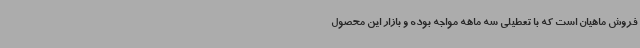
فروش ماهیان است که با تعطیلی سه ماهه مواجه بوده و بازار این محصول